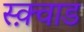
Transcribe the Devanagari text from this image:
स्क़्वाड